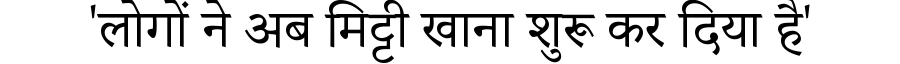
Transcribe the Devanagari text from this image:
'लोगों ने अब मिट्टी खाना शुरू कर दिया है'